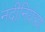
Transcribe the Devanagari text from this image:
नदीनियंत्रण